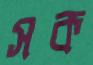
সক